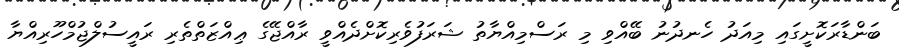
ބަންޑާރަކޮށީގައި މިއަދު ހެނދުނު ބޭއްވި މި ރަސްމިއްޔާތު ޝަރަފުވެރިކޮށްދެއްވީ ރާއްޖޭގެ ޢިއްޒަތްތެރި ރައީސުލްޖުމްހޫރިއްޔާ